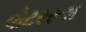
વોટરરૂમ